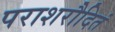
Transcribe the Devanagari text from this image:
पराशरौदितं